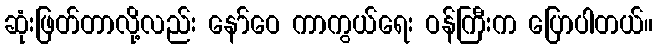
ဆုံးဖြတ်တာလို့လည်း နော်ဝေ ကာကွယ်ရေး ဝန်ကြီးက ပြောပါတယ်။